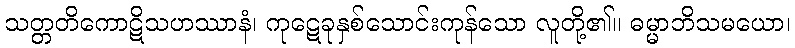
သတ္တတိကောဋိသဟဿာနံ၊ ကုဋေခုနှစ်သောင်းကုန်သော လူတို့၏။ ဓမ္မာဘိသမယော၊